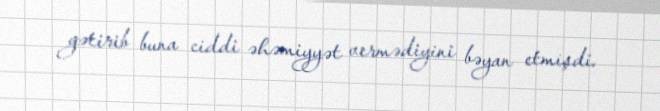
gətirib buna ciddi əhəmiyyət vermədiyini bəyan etmişdi.